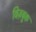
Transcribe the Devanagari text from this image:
विज़बुक